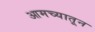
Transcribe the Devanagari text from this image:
आमच्यातून